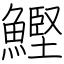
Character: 鰹